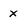
Character: x